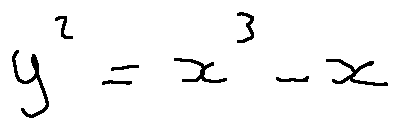
y ^ { 2 } = x ^ { 3 } - x